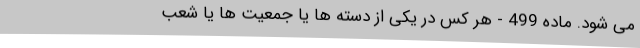
می ‌شود. ماده 499 - هر کس در یکی از دسته‌ ها یا جمعیت ‌ها یا شعب